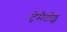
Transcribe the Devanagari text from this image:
ट्रेमैटोड्स